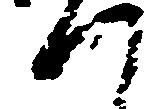
つ